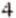
4